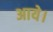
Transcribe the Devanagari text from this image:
अाये।